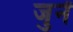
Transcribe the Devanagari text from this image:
जुनें